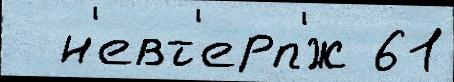
  н'евт'ерп'́ж 61